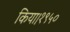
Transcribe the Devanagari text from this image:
किया।१९५०